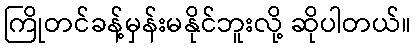
ကြိုတင်ခန့်မှန်းမနိုင်ဘူးလို့ ဆိုပါတယ်။